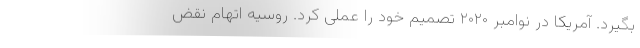
بگیرد. آمریکا در نوامبر ۲۰۲۰ تصمیم خود را عملی کرد. روسیه اتهام نقض